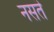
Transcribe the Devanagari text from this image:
नसतॆ